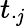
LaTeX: t_{\cdot\mathit{j}}